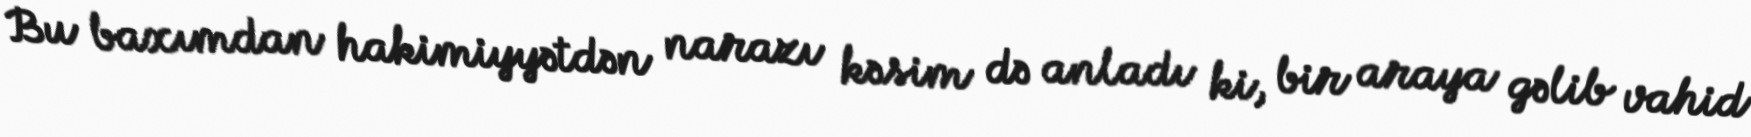
Bu baxımdan hakimiyyətdən narazı kəsim də anladı ki, bir araya gəlib vahid